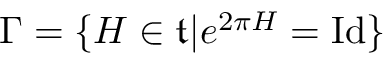
\Gamma = \{ H \in { \mathfrak { t } } | e ^ { 2 \pi H } = \operatorname { I d } \}